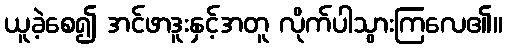
ယူခဲ့စေ၍ အင်ဖာဒူးနှင့်အတူ လိုက်ပါသွားကြလေ၏။